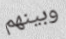
وبينهم